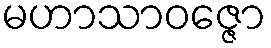
မဟာသာဝဇ္ဇော